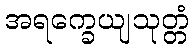
အရက္ခေယျသုတ္တံ